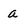
Character: a